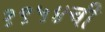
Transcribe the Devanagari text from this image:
१९५४ची